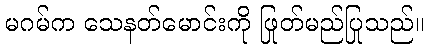
မဂမ်က သေနတ်မောင်းကို ဖြုတ်မည်ပြုသည်။